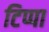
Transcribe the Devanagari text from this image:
टिप्पा